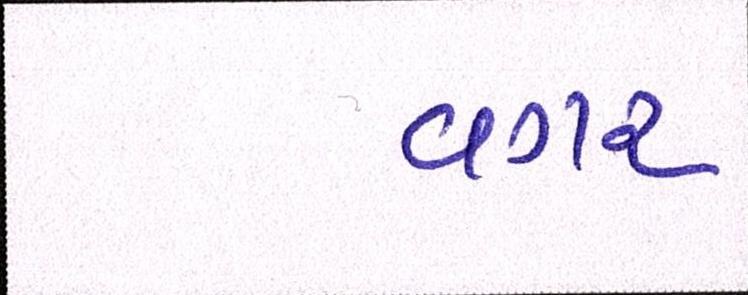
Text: વગર